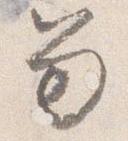
笏